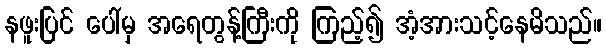
နဖူးပြင် ပေါ်မှ အရေတွန့်ကြီးကို ကြည့်၍ အံ့အားသင့်နေမိသည်။